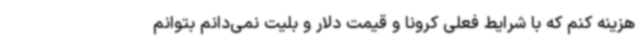
هزینه کنم که با شرایط فعلی کرونا و قیمت دلار و بلیت نمی‌دانم بتوانم